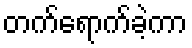
တက်ရောက်ခဲ့ကာ